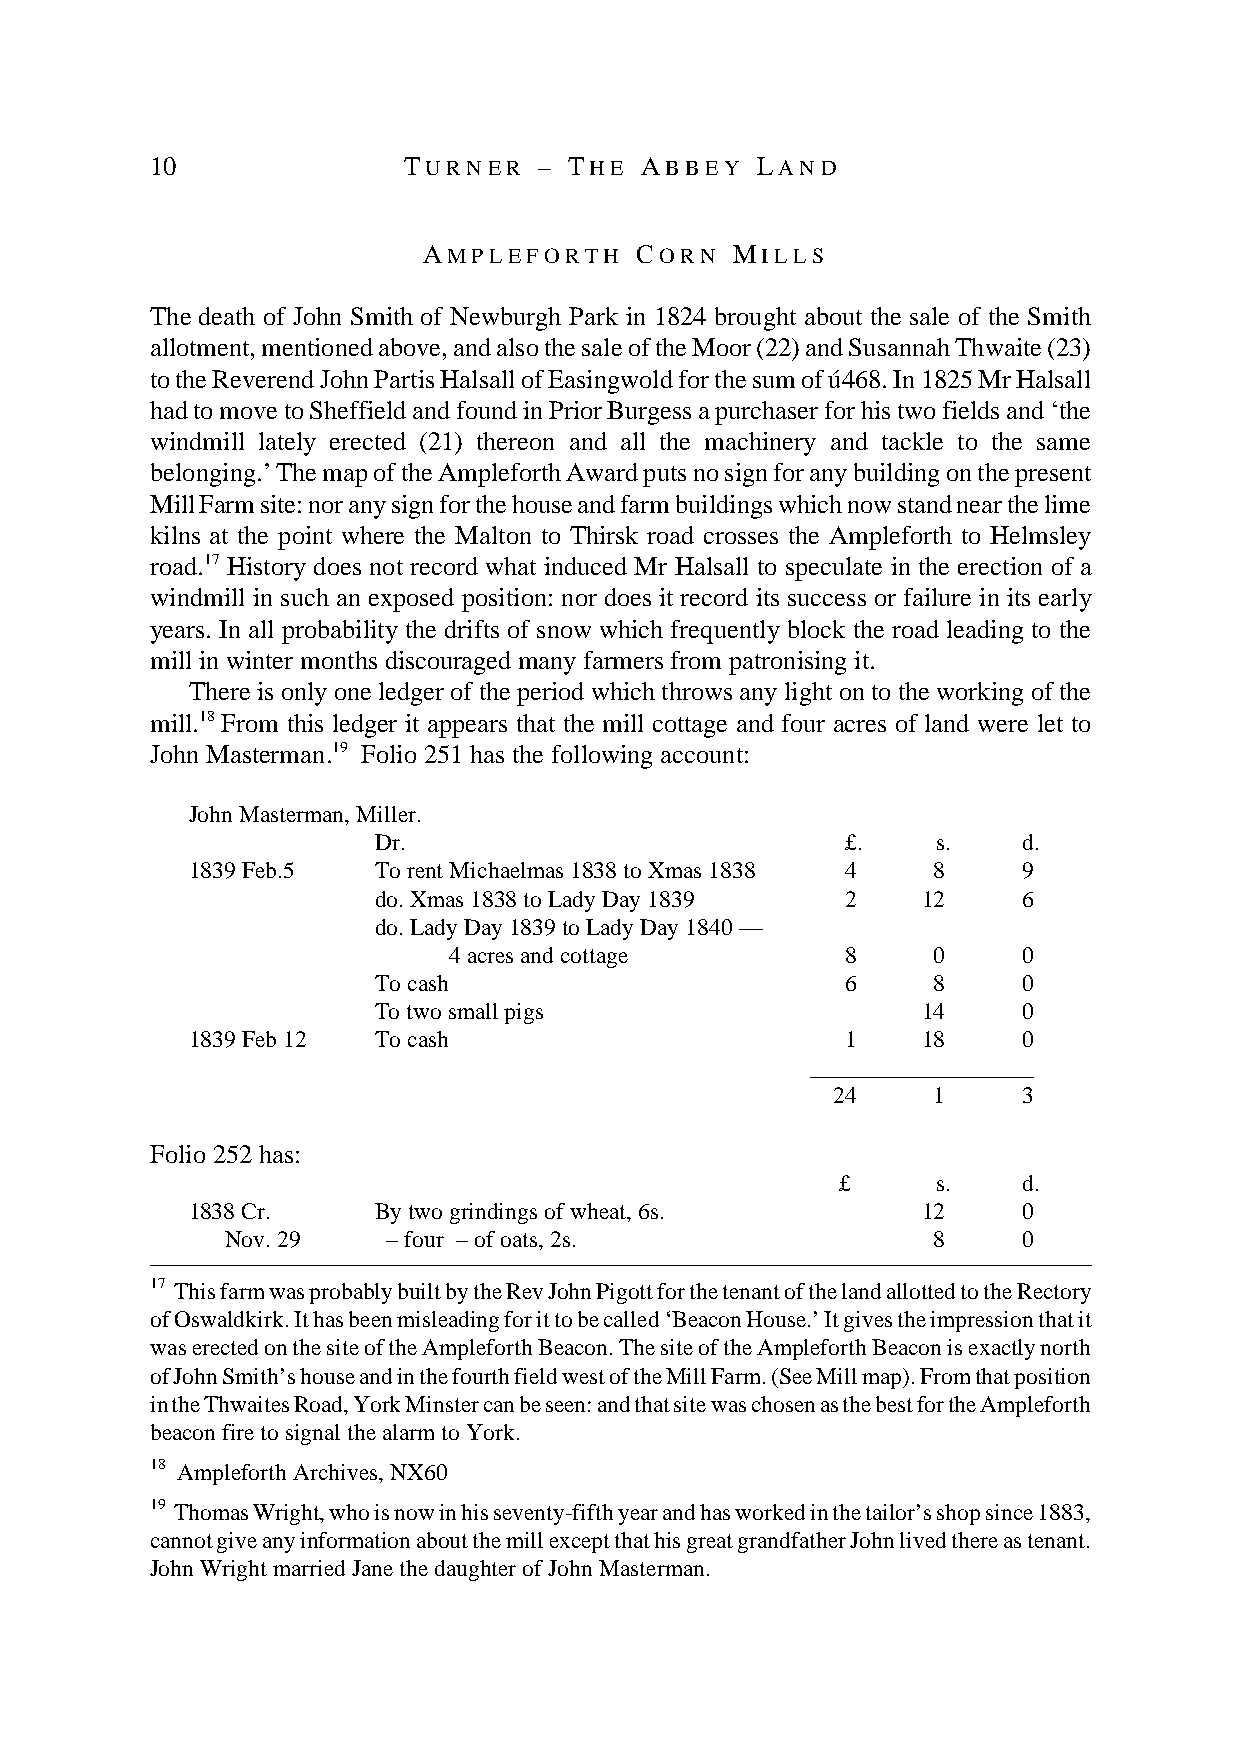
10               T U R N E R – T H E A B B E Y L A N D
 A M P L E F O R T H C O R N M I L L S
 The death of John Smith of Newburgh Park in 1824 brought about the sale of the Smith
 allotment, mentioned above, and also the sale of the Moor (22) and Susannah Thwaite (23)
 to the Reverend John Partis Halsall of Easingwold for the sum of ú468. In 1825 Mr Halsall
 had to move to Sheffield and found in Prior Burgess a purchaser for his two fields and ‘the
 windmill lately erected (21) thereon and all the machinery and tackle to the same
 belonging.’ The map of the Ampleforth Award puts no sign for any building on the present
 Mill Farm site: nor any sign for the house and farm buildings which now stand near the lime
 kilns at the point where the Malton to Thirsk road crosses the Ampleforth to Helmsley
 road.17 History does not record what induced Mr Halsall to speculate in the erection of a
 windmill in such an exposed position: nor does it record its success or failure in its early
 years. In all probability the drifts of snow which frequently block the road leading to the
 mill in winter months discouraged many farmers from patronising it.
 There is only one ledger of the period which throws any light on to the working of the
 mill.18 From this ledger it appears that the mill cottage and four acres of land were let to
 John Masterman.19 Folio 251 has the following account:
 John Masterman, Miller.
 Dr.                            £.    s.    d.
 1839 Feb.5   To rent Michaelmas 1838 to Xmas 1838 4 8   9
 do. Xmas 1838 to Lady Day 1839 2    12     6
 do. Lady Day 1839 to Lady Day 1840 —
 4 acres and cottage       8     0     0
 To cash                        6     8     0
 To two small pigs                   14     0
 1839 Feb 12  To cash                        1    18     0
 ____________________
 24     1     3
 Folio 252 has:
 £     s.    d.
 1838 Cr.     By two grindings of wheat, 6s.      12     0
 Nov. 29    – four – of oats, 2s.               8     0
 17 This farm was probably built by the Rev John Pigott for the tenant of the land allotted to the Rectory
 of Oswaldkirk. It has been misleading for it to be called ‘Beacon House.’ It gives the impression that it
 was erected on the site of the Ampleforth Beacon. The site of the Ampleforth Beacon is exactly north
 of John Smith’s house and in the fourth field west of the Mill Farm. (See Mill map). From that position
 in the Thwaites Road, York Minster can be seen: and that site was chosen as the best for the Ampleforth
 beacon fire to signal the alarm to York.
 18 Ampleforth Archives, NX60
 19 Thomas Wright, who is now in his seventy-fifth year and has worked in the tailor’s shop since 1883,
 cannot give any information about the mill except that his great grandfather John lived there as tenant.
 John Wright married Jane the daughter of John Masterman.